Vana-Antsla_vallavalitsus, lk 23
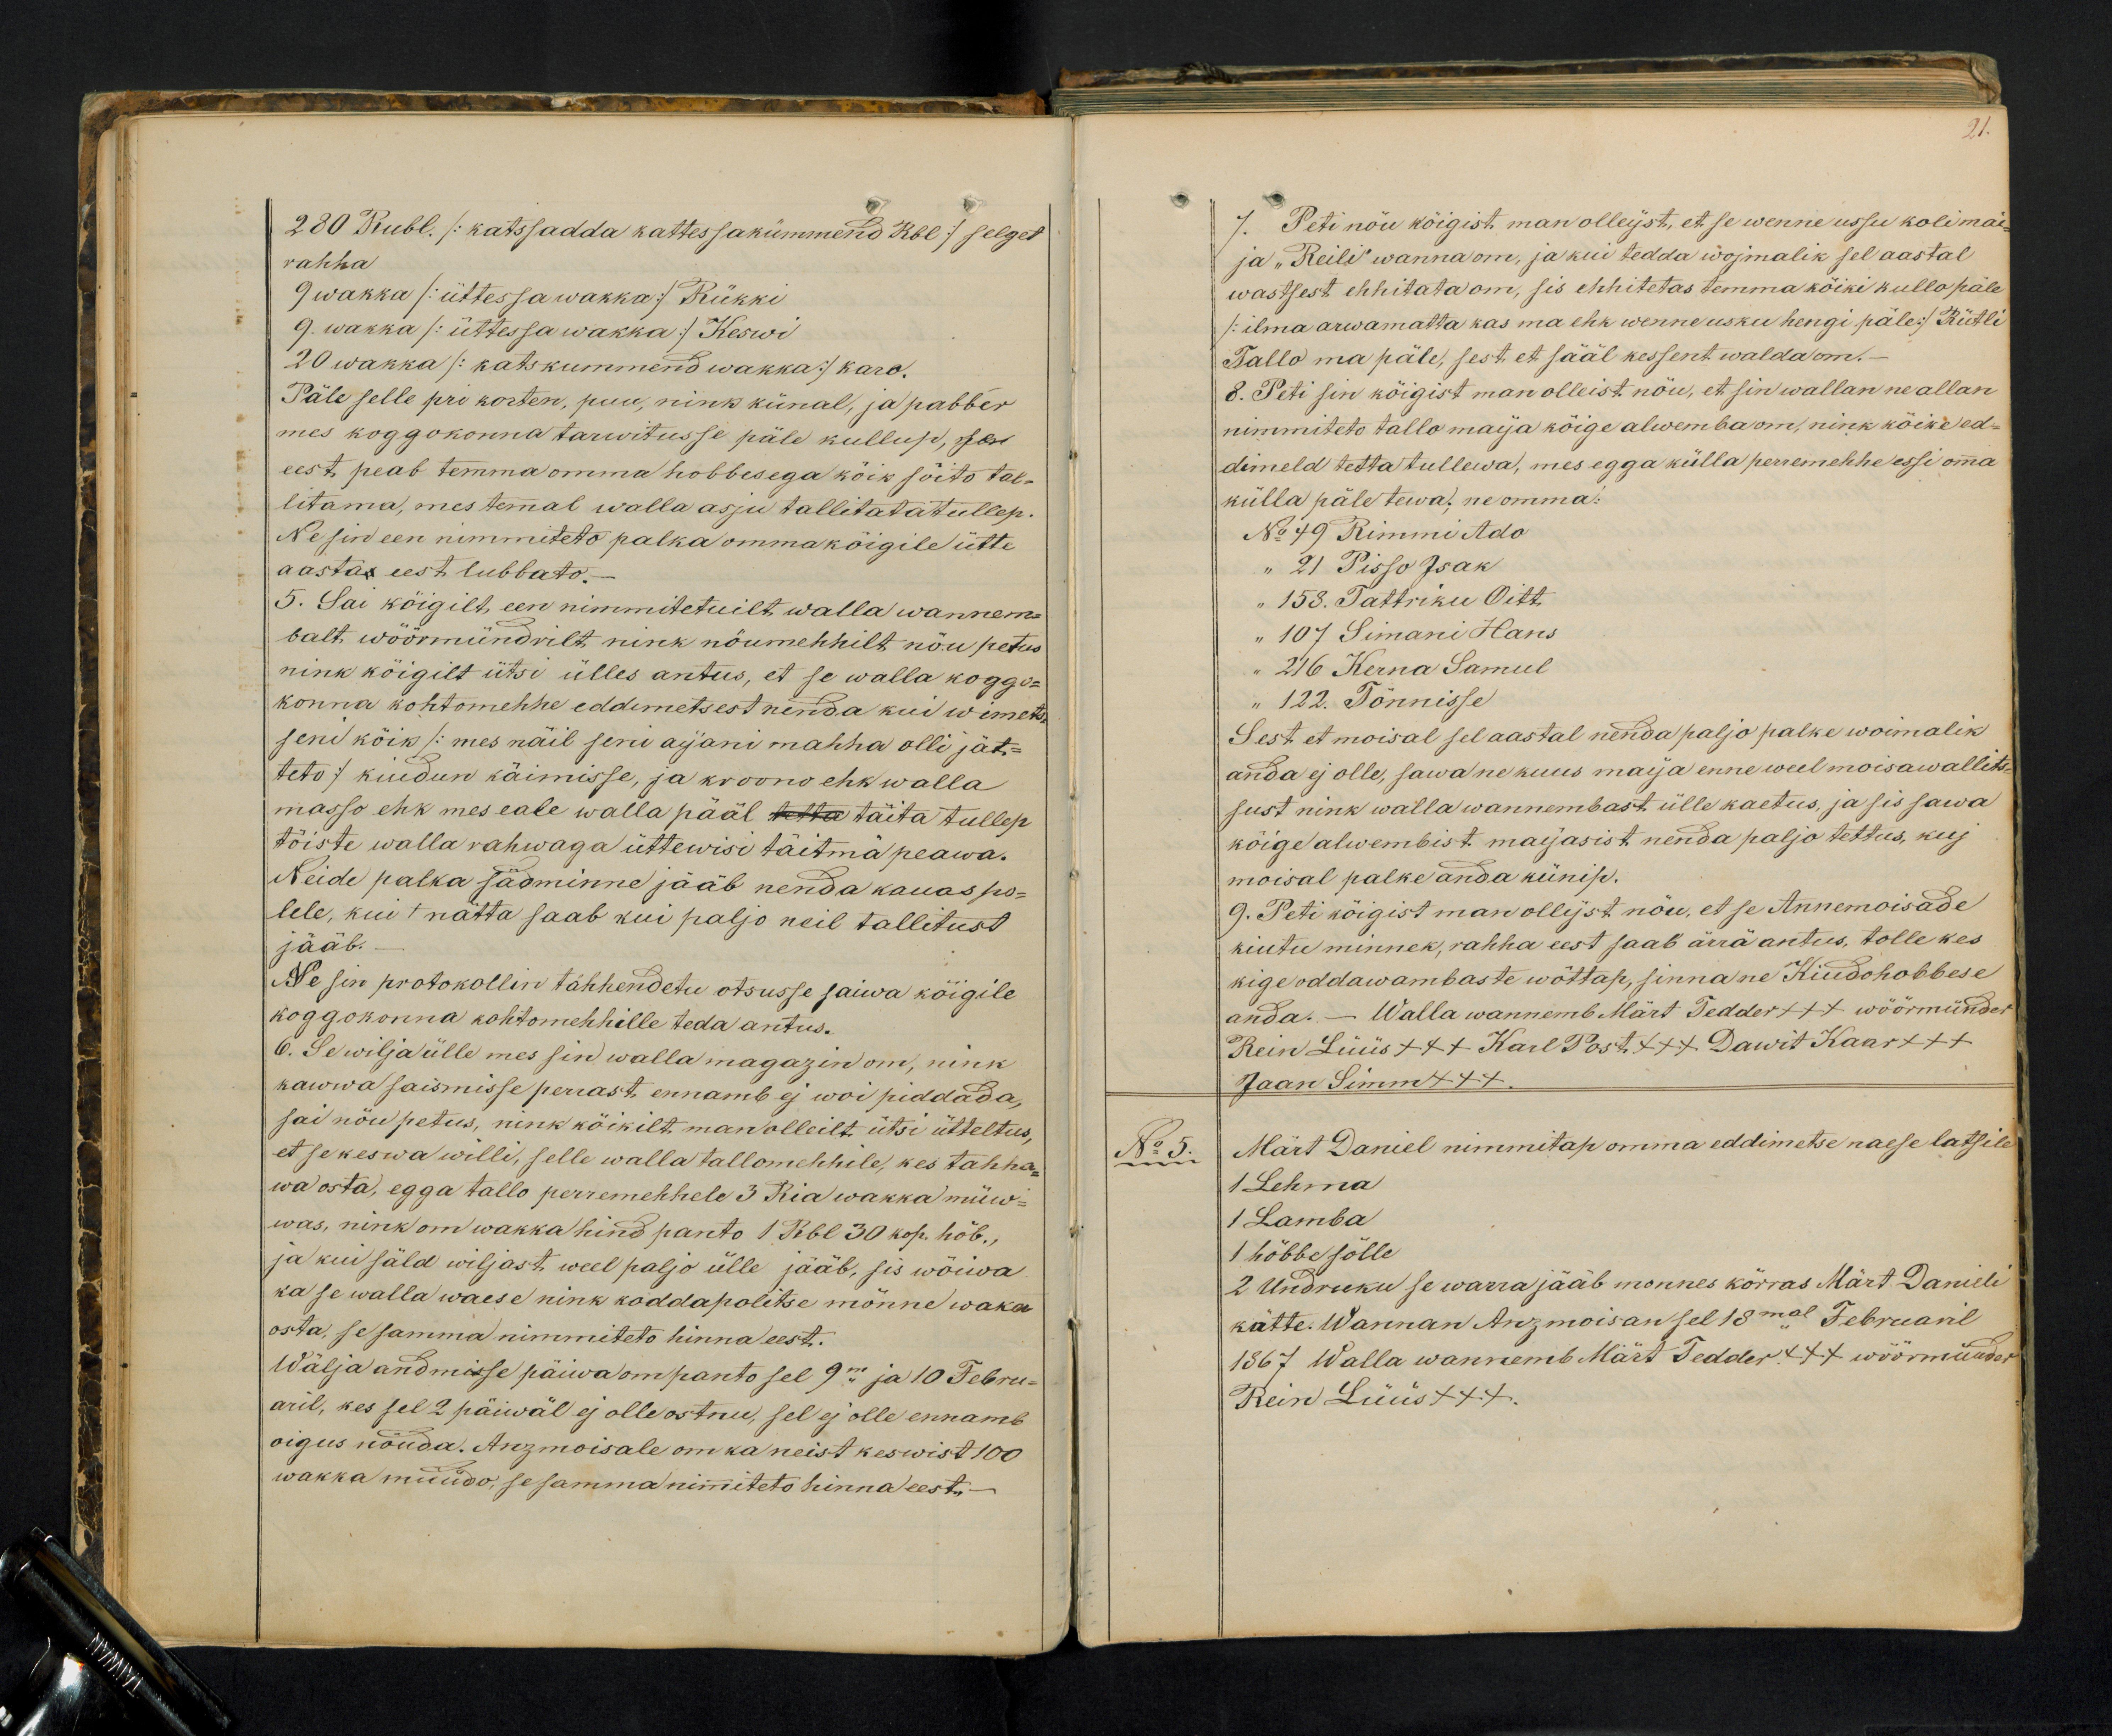
21.

280 Rubl. /:katssadda kattessakümmend Rbl :/ selget
rahha
9 wakka /:üttessa wakka:/ Rükki
9. wakka /:üttessa wakka:/ Keswi
20 wakka /: katskummend wakka:/ karo
Päle selle pri korten, puu, nink künal, ja pabber
mes koggokonna tarwitusse päle kullup, post
eest peab temma omma hobbesega köik söito tal-
litama, mes temal walla asju tallitata tullep.
Ne sin een nimmiteto palka omma köigile ütte
aastas eest lubbato.
5. Sai köigilt een nimmitetuilt walla wannem-
balt wöörmündrilt nink nöumehhilt nöu petus
nink köigilt ütsi ülles antus, et se walla koggo-
konna kohtomehhe eddemetsest nenda kui wimets-
seni kõik /:mes näil seni aijani mahha olli jät-
teto:/ kuidun käimisse, ja kroono ehk walla
masso ehk mes eale walla pääl tetta täita tullep
töiste walla rahwaga üttewisi täitma peawa.
Neide palka sädminne jääb nenda kauas po-
lele, kui + nätta saab kui paljo neil tallitust
jääb.
Ne sin protokollin tähhendetu otsusse saiwa köigile
koggokonna kohtomehhile teda antus.
6. Se wilja ülle mes sin walla magazin om, nink
kawwa saismisse perrast ennamb ei woi piddada,
sai nöu petus, nink köikilt man olleilt ütsi ütteltus,
et se keswa willi, selle walla tallomehhele, kes tahha-
wa osta, egga tallo perremehhele 3 Ria wakka müw-
was, nink on wakka hind panto 1 Rbl 30 kop. hõb.,
ja kui säld wiljast weel paljo ülle jääb, sis wõiwa
ka se walla waese nink koddapolitse mönne waka
osta, se samma nimmiteto hinna eest.
Wälja andmisse päiwa om panto sel 9m ja 10 Febru-
aril, kes sel 2 päiwäl ej olle ostnu, sel ej olle ennamb
õigus nöuda. Anzmoisale om ka neist kes wist 100
wakka müüdo, se samma nimiteto hinna eest-

7. Peti nöu köigist man olleist, et se wenne ussu kolimaa
ja "Reili" wanna om, ja kui tedda woimalik sel aastal
wastsest ehhitada om, sis ehhitetas temma köiki kullo päle
/:ilma arwamatta kas ma ehk wenne usku hengi päle:/ Rütli
Tallo ma päle, sest et sääl kessent walda om.-
8. Peti sin köigist man olleist nöu, et sin wallan ne allan
nimmiteto tallo maija köige alwemba om, nink köike ed-
dimeld tetta tullewa, mes egga külla perremehhe essi omma
külla päle tewa, ne omma:
No 49 Rimmi Ado
" 21 Pisso Isak
" 153. Tattriku Oitt.
" 107 Simani Hans
" 216 Kerna Samul
" 122. Tõnnisse
Sest et moisal sel aastal nenda paljo palke woimalik
anda ei olle, sawa ne kuus maja enne weel moisawallits-
sust nink walla wannembast ülle kaetus, ja sis sawa
köige alwembist majasist nenda paljo tettus, kuj
moisal palke anda künip.
9. Peti kõigist man ollijst nöu, et se Annemoisade
kiutu minnek, rahha eest saab ärra antus, tolle kes
kige oddawambaste wöttap, sinna ne Kiudohobbese
anda. - Walla wannemb Märt Tedder XXX wöörmünder
Rein Lüüs +++ Karl Post +++ Dawit Kaar +++
Jaan Simm +++
No 5.
Märt Daniel nimmitap omma eddimetse naese latsile
1 Lehma
1 Lamba
1 höbbe sölle
2 Undruku se warra jääb monnes körras Märt Daniele
kätte. Wannan Anzmoisan sel 18mal Februaril
1867 Walla wannemb Märt Tedder +++ wöörmünder
Rein Lüüs +++